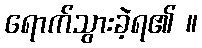
ရောက်သွားခဲ့ရ၏ ။